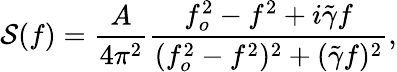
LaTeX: \mathcal{S}(f)=\frac{A}{4\pi^{2}}\frac{f_{o}^{2}-f^{2}+i\tilde{\gamma}f}{(f_{o}^{2}-f^{2})^{2}+(\tilde{\gamma}f)^{2}},